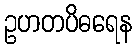
ဥဟတပိဓရေန